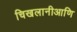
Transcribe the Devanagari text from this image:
चिखलानीआणि